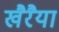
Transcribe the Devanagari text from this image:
खैरैया